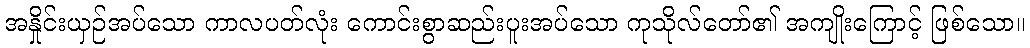
အနှိုင်းယှဉ်အပ်သော ကာလပတ်လုံး ကောင်းစွာဆည်းပူးအပ်သော ကုသိုလ်တော်၏ အကျိုးကြောင့် ဖြစ်သော။